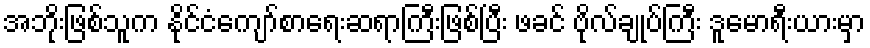
အဘိုးဖြစ်သူက နိုင်ငံကျော်စာရေးဆရာကြီးဖြစ်ပြီး ဖခင် ဗိုလ်ချုပ်ကြီး ဒူမောရီးယားမှာ